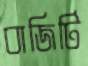
বাজিটি